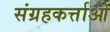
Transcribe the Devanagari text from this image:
संग्रहकर्त्ताओं